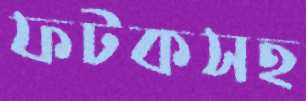
ফটকসহ